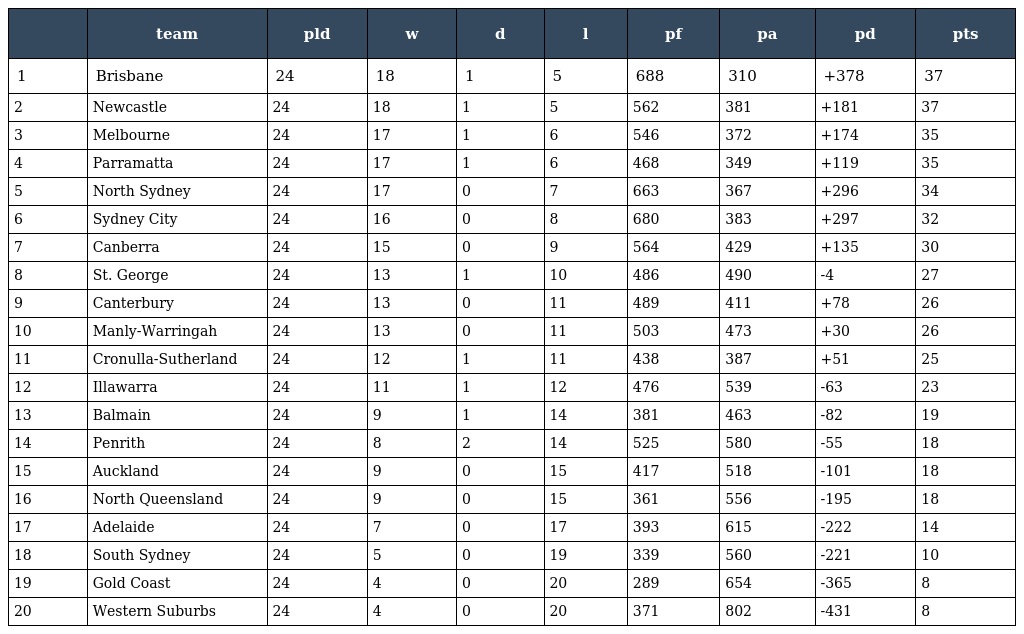
|  | team | pld | w | d | l | pf | pa | pd | pts |
 | --- | --- | --- | --- | --- | --- | --- | --- | --- | --- |
 | 1 | Brisbane | 24 | 18 | 1 | 5 | 688 | 310 | +378 | 37 |
 | 2 | Newcastle | 24 | 18 | 1 | 5 | 562 | 381 | +181 | 37 |
 | 3 | Melbourne | 24 | 17 | 1 | 6 | 546 | 372 | +174 | 35 |
 | 4 | Parramatta | 24 | 17 | 1 | 6 | 468 | 349 | +119 | 35 |
 | 5 | North Sydney | 24 | 17 | 0 | 7 | 663 | 367 | +296 | 34 |
 | 6 | Sydney City | 24 | 16 | 0 | 8 | 680 | 383 | +297 | 32 |
 | 7 | Canberra | 24 | 15 | 0 | 9 | 564 | 429 | +135 | 30 |
 | 8 | St. George | 24 | 13 | 1 | 10 | 486 | 490 | -4 | 27 |
 | 9 | Canterbury | 24 | 13 | 0 | 11 | 489 | 411 | +78 | 26 |
 | 10 | Manly-Warringah | 24 | 13 | 0 | 11 | 503 | 473 | +30 | 26 |
 | 11 | Cronulla-Sutherland | 24 | 12 | 1 | 11 | 438 | 387 | +51 | 25 |
 | 12 | Illawarra | 24 | 11 | 1 | 12 | 476 | 539 | -63 | 23 |
 | 13 | Balmain | 24 | 9 | 1 | 14 | 381 | 463 | -82 | 19 |
 | 14 | Penrith | 24 | 8 | 2 | 14 | 525 | 580 | -55 | 18 |
 | 15 | Auckland | 24 | 9 | 0 | 15 | 417 | 518 | -101 | 18 |
 | 16 | North Queensland | 24 | 9 | 0 | 15 | 361 | 556 | -195 | 18 |
 | 17 | Adelaide | 24 | 7 | 0 | 17 | 393 | 615 | -222 | 14 |
 | 18 | South Sydney | 24 | 5 | 0 | 19 | 339 | 560 | -221 | 10 |
 | 19 | Gold Coast | 24 | 4 | 0 | 20 | 289 | 654 | -365 | 8 |
 | 20 | Western Suburbs | 24 | 4 | 0 | 20 | 371 | 802 | -431 | 8 |